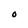
Character: O